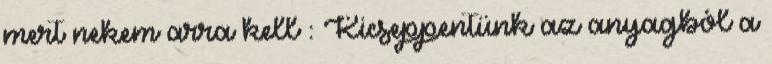
mert nekem arra kell : Kicseppentünk az anyagból a